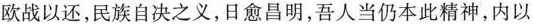
欧战以还，民族自决之义，日愈昌明，吾人当仍本此精神，内以